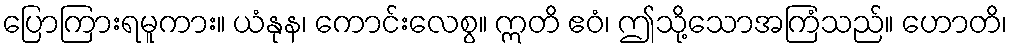
ပြောကြားရမူကား။ ယံနုန၊ ကောင်းလေစွ။ ဣတိ ဧဝံ၊ ဤသို့သောအကြံသည်။ ဟောတိ၊